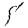
Digit: 5